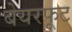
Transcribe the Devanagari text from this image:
बेयरफूट